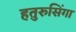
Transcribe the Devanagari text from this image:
हतुरुसिंगा